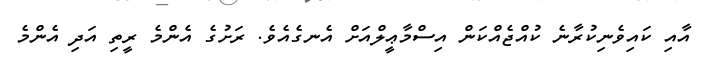
އާއި ކައިވެނިކުރާނެ ކުއްޖެއްކަން އިސްމާޢީލްއަށް އެނގެއެވެ. ރަށުގެ އެންމެ ރީތި އަދި އެންމެ